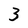
Character: 3